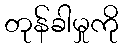
တုန်ခါမှုကို